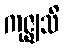
ကုဇ္ဈသိ